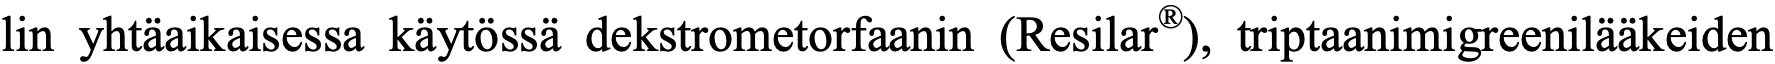
lin yhtäaikaisessa käytössä dekstrometorfaanin (Resilar®), triptaanimigreenilääkeiden